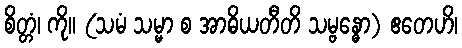
စိတ္တံ၊ ကို။ (သမံ သမ္မာ စ အာဓိယတီတိ သမ္ဗန္ဓော) ဧတေဟိ၊